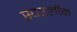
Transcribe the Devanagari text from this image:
स्परलॉक